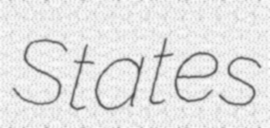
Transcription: States